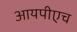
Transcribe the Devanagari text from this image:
आयपीएच